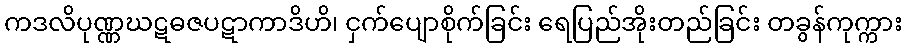
ကဒလိပုဏ္ဏဃဋဓဇပဋာကာဒိဟိ၊ ငှက်ပျောစိုက်ခြင်း ရေပြည်အိုးတည်ခြင်း တခွန်ကုက္ကား